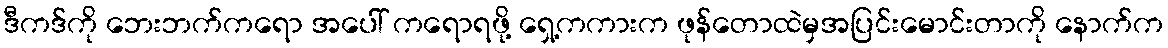
ဒီကဒ်ကို ဘေးဘက်ကရော အပေါ် ကရောရဖို့ ရှေ့ကကားက ဖုန်တောထဲမှအပြင်းမောင်းတာကို နောက်က